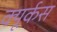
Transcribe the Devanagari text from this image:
क्यूर्कस